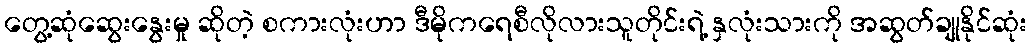
တွေ့ဆုံဆွေးနွေးမှု ဆိုတဲ့ စကားလုံးဟာ ဒီမိုကရေစီလိုလားသူတိုင်းရဲ့ နှလုံးသားကို အဆွတ်ချုနိုင်ဆုံး